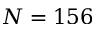
N = 1 5 6